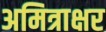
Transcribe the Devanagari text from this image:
अमित्राक्षर